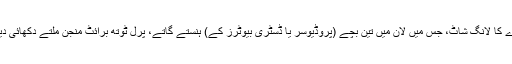
‘‘ کیمرے کا لانگ شاٹ، جس میں لان میں تین بچے (پروڈیوسر یا ڈسٹری بیوٹرز کے) ہنستے گاتے، پرل ٹوتھ برائٹ منجن ملتے دکھائی دیتے ہیں۔